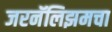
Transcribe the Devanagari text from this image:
जरनॅलिझमचा